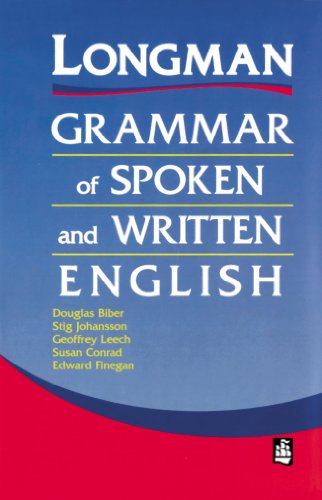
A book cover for Longman Grammar of Spoken and Written English; Douglas Biber; Reference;